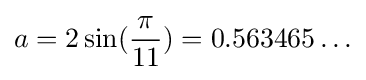
a=2\sin({\frac {\pi }{11}})=0.563465\ldots